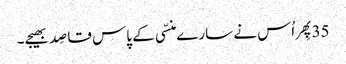
35پِھر اُس نے سارے منسّی کے پاس قاصِد بھیجے۔